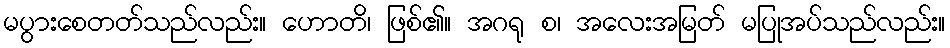
မပွားစေတတ်သည်လည်း။ ဟောတိ၊ ဖြစ်၏။ အဂရု စ၊ အလေးအမြတ် မပြုအပ်သည်လည်း။